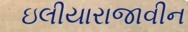
ઇલીયારાજાવીન